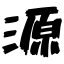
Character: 源